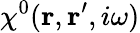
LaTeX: \chi^{0}({\mathbf r},{\mathbf r^{\prime}},i\omega)